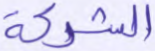
الشركة